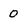
Character: 0